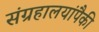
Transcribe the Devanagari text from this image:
संग्रहालयांपैकी